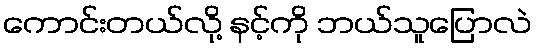
ကောင်းတယ်လို့ နင့်ကို ဘယ်သူပြောလဲ